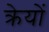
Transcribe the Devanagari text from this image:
क्रेयों